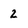
Character: 2